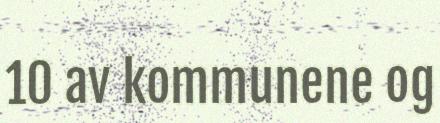
10 av kommunene og